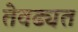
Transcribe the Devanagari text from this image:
तेवढ्यत